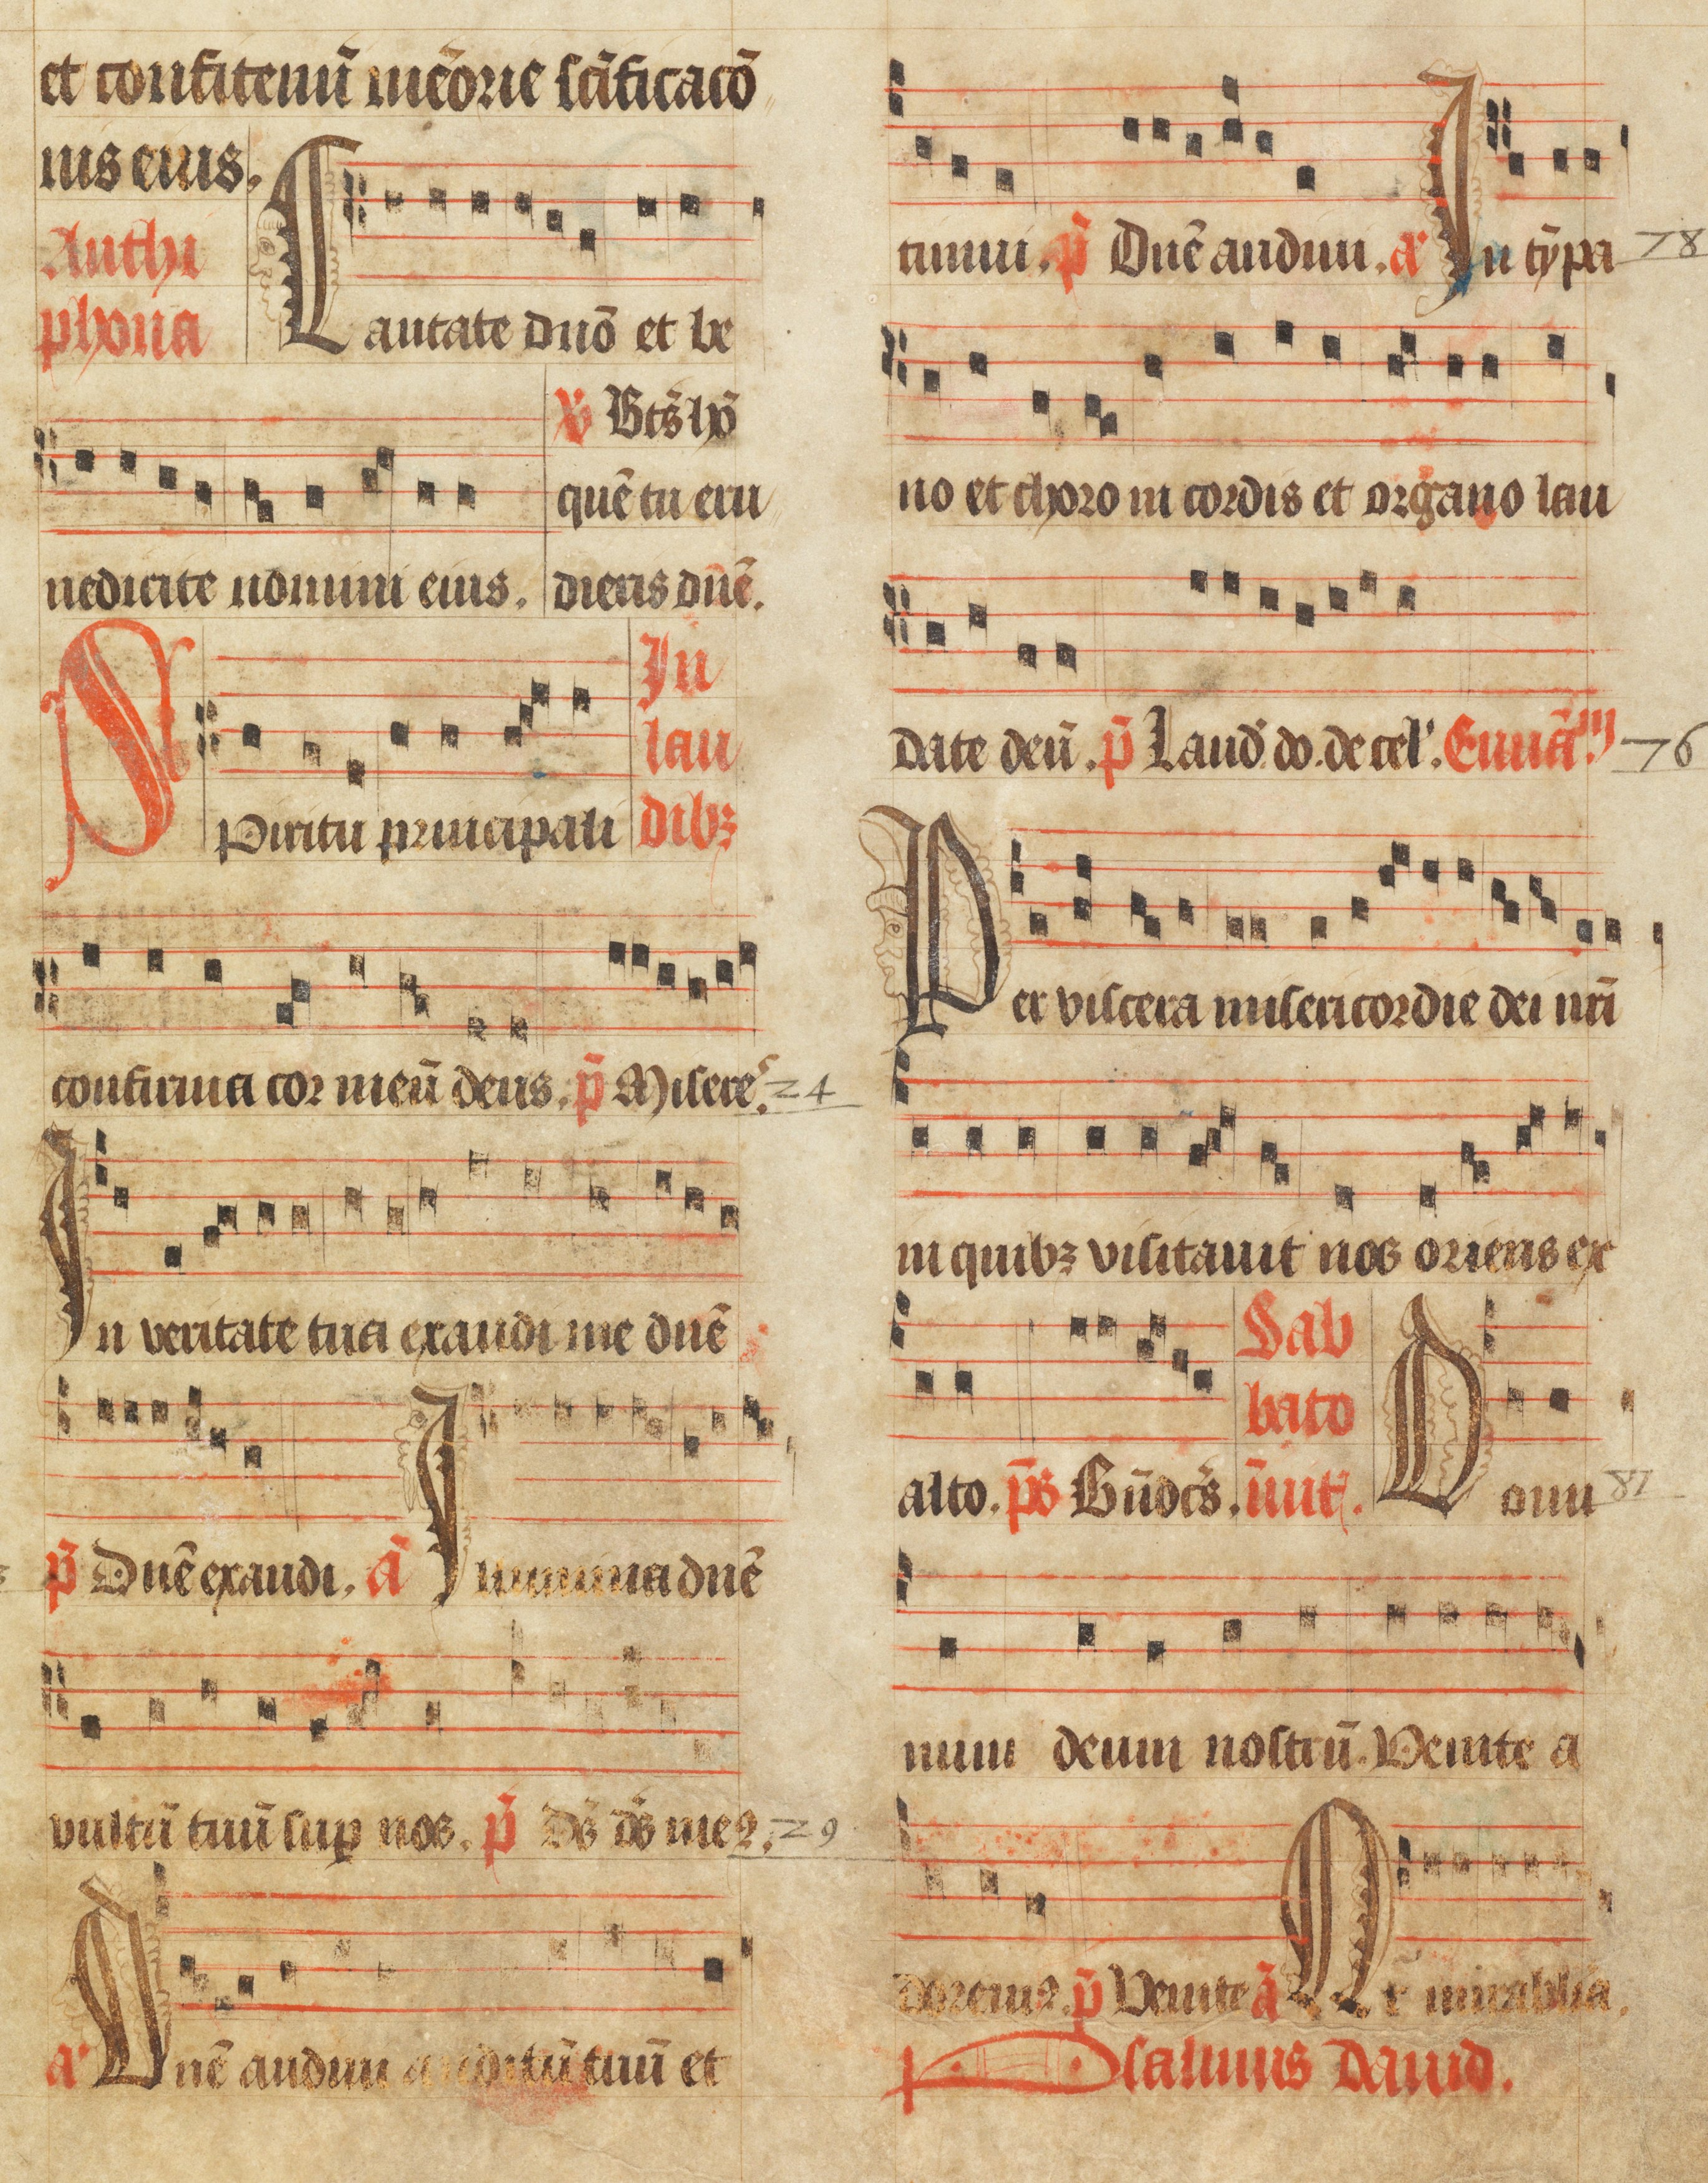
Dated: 1450–1499